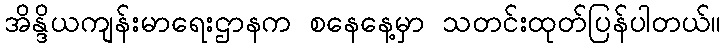
အိန္ဒိယကျန်းမာရေးဌာနက စနေနေ့မှာ သတင်းထုတ်ပြန်ပါတယ်။